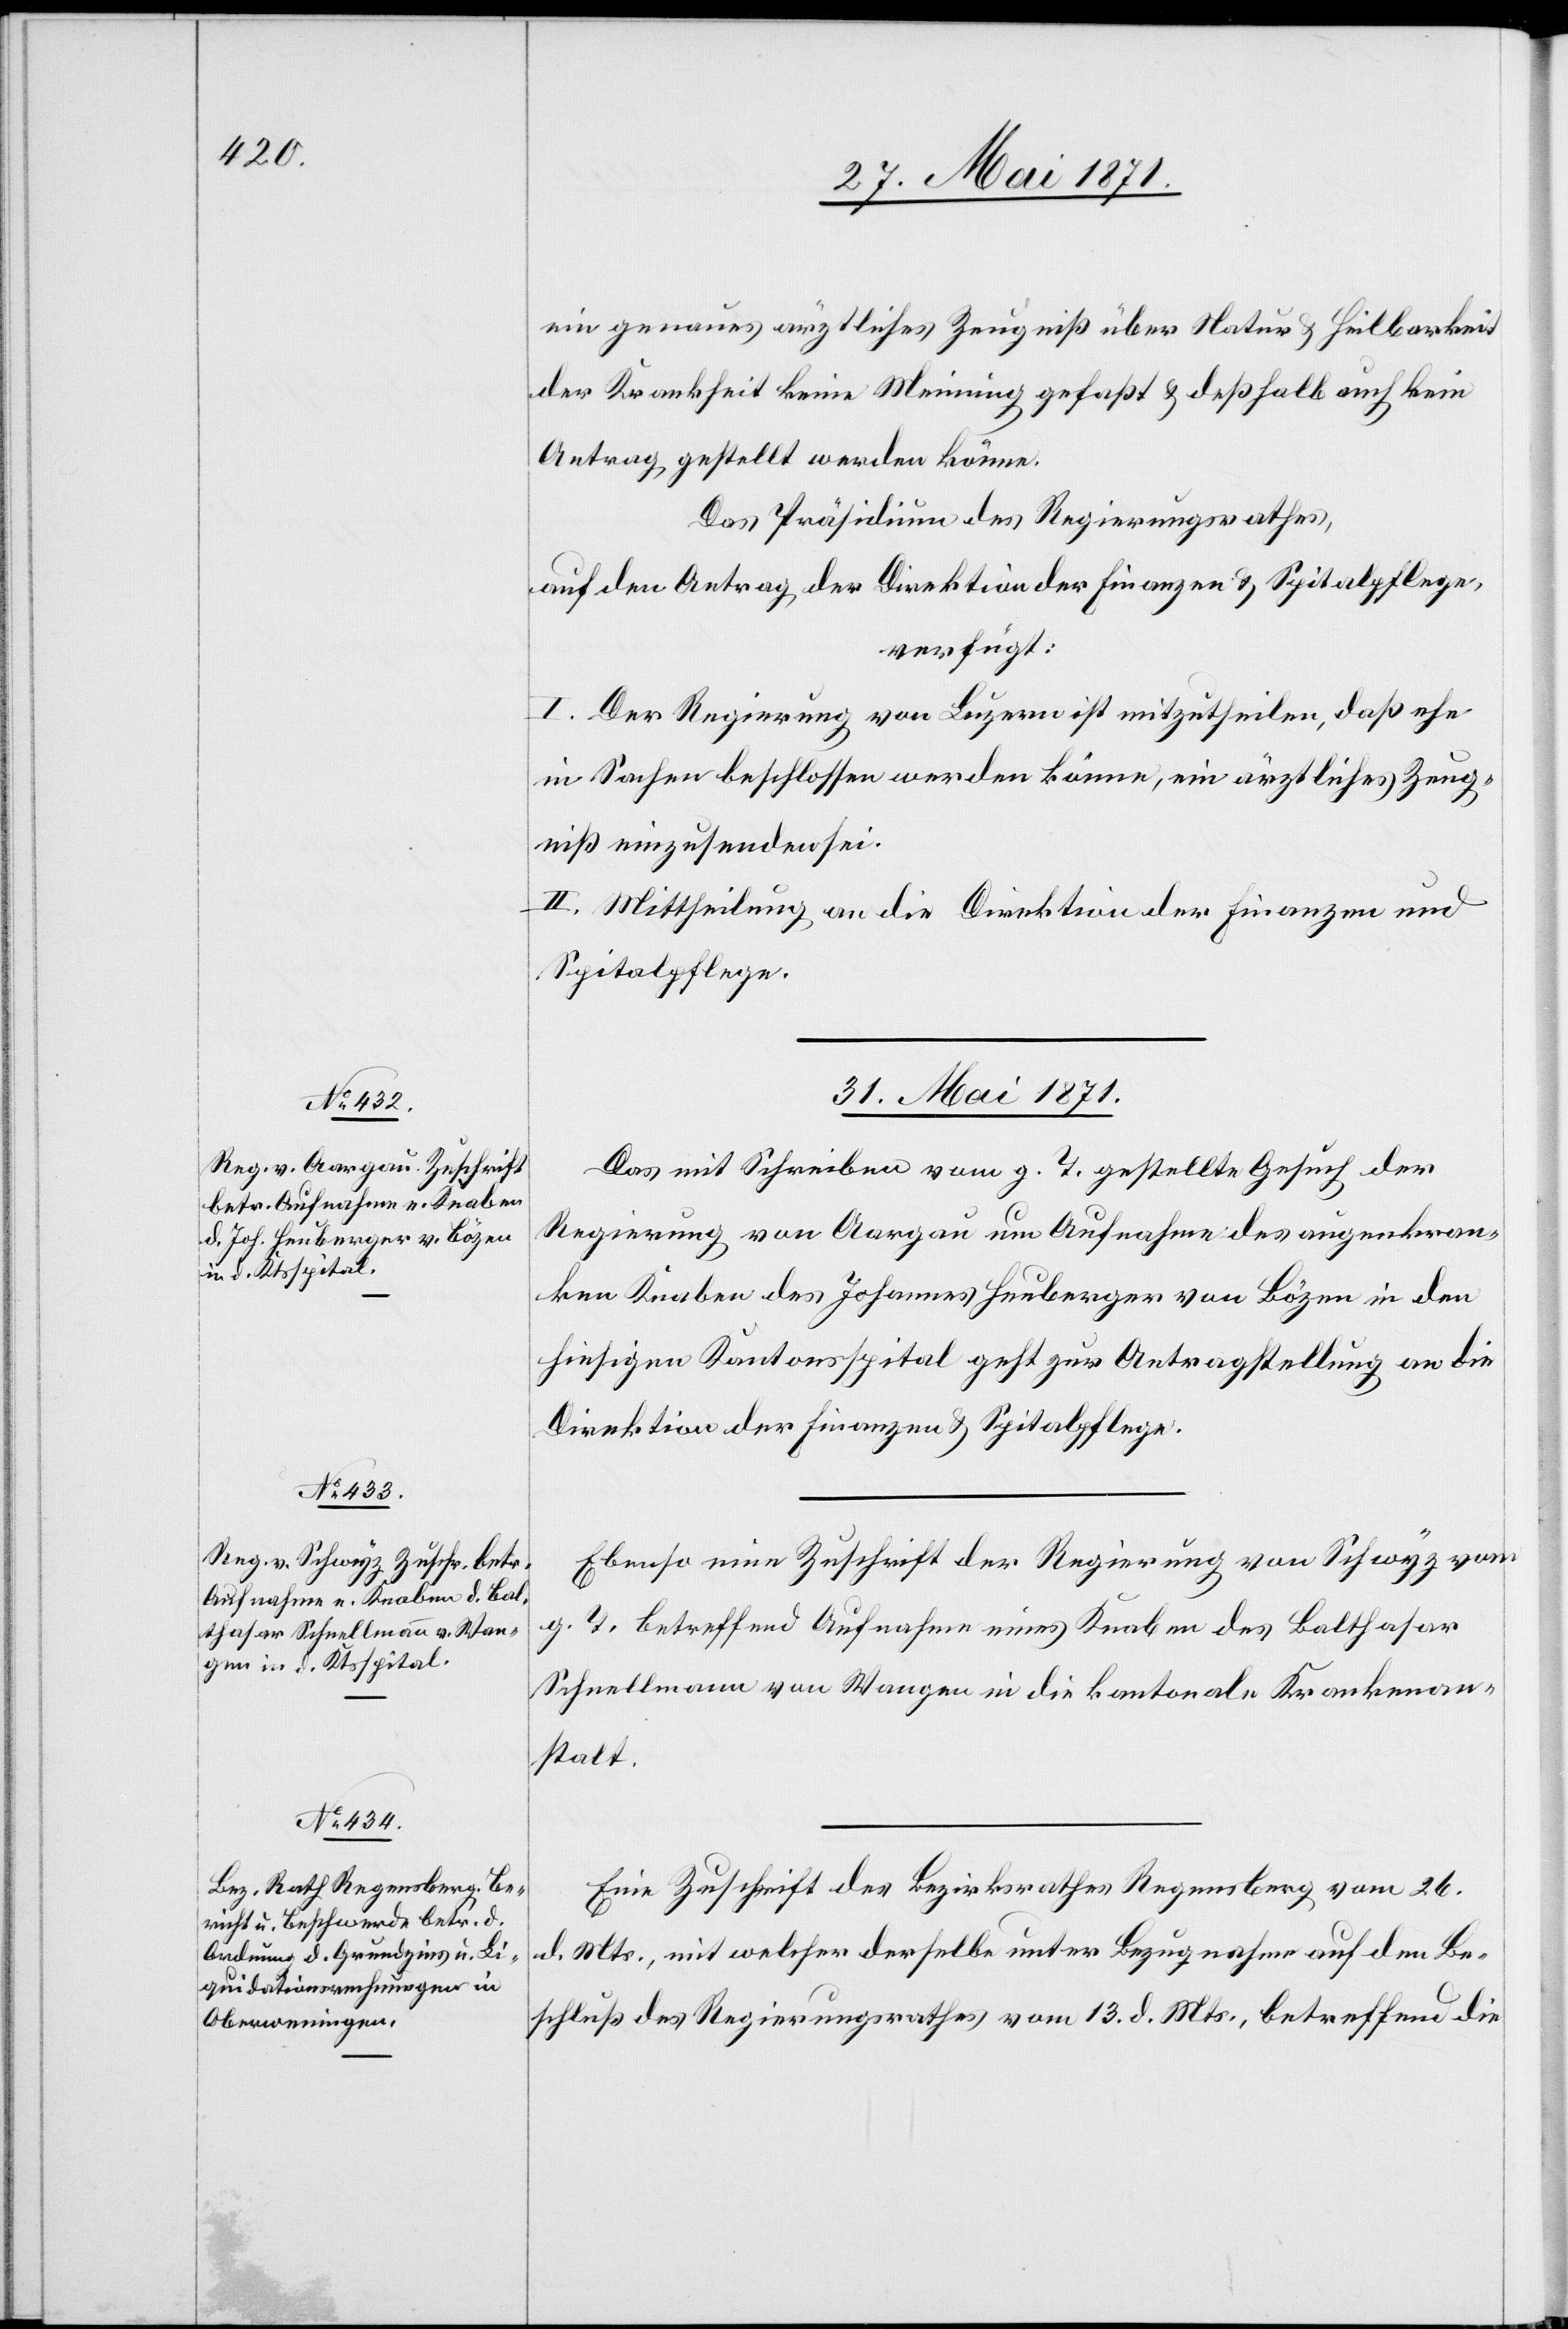
ein genaues ärztliches Zeugniß über Natur u. Heilbarkeit
der Krankheit keine Meinung gefaßt u. deßhalb auch kein
Antrag gestellt werden könne.
Das Präsidium des Regierungsrathes,
auf den Antrag der Direktion der Finanzen u. Spitalpflege,
verfügt:
I. Der Regierung von Luzern ist mitzutheilen, daß ehe
in Sachen beschlossen werden könne, ein ärztliches Zeug¬
niß einzusenden sei.
II. Mittheilung an die Direktion der Finanzen und
Spitalpflege.
31. Mai 1871.]
Das mit Schreiben vom g. T. gestellte Gesuch der
Regierung von Aargau um Aufnahme des augenkran¬
ken Knaben des Johannes Heuberger von Bözen in den
hiesigen Kantonsspital geht zur Antragstellung an die
Direktion der Finanzen u. Spitalpflege.
Ebenso eine Zuschrift der Regierung von Schwyz vom
g. T. betreffend Aufnahme eines Knaben des Balthasar
Schnellmann von Wangen in die kantonale Krankenan¬
stalt.
Eine Zuschrift des Bezirksrathes Regensberg vom 26.
d. Mts., mit welcher derselbe unter Bezugnahme auf den Be¬
schluß des Regierungsrathes vom 13. d. Mts., betreffend die